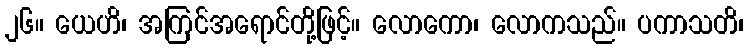
၂၆။ ယေဟိ၊ အကြင်အရောင်တို့ဖြင့်။ လောကော၊ လောကသည်။ ပကာသတိ၊